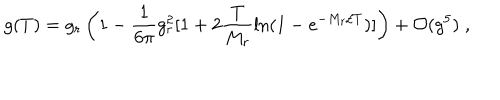
LaTeX: g ( T ) = g _ { r } \left( 1 - \frac { 1 } { 6 \pi } g _ { r } ^ { 2 } [ 1 + 2 \frac { T } { M _ { r } } \mathrm { l n } ( 1 - e ^ { - M _ { r } / T } ) ] \right) + { \cal O } ( g ^ { 5 } ) \; ,